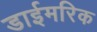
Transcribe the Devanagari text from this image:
डाईमरिक